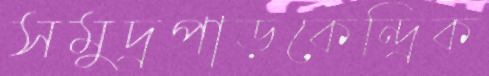
সমুদ্রপাড়কেন্দ্রিক